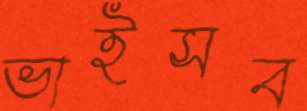
ভাইসব